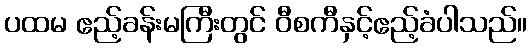
ပထမ ဧည့်ခန်းမကြီးတွင် ဝီစကီနှင့်ဧည့်ခံပါသည်။